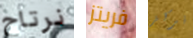
نرتاح فريتز نركز